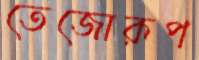
তেজোরূপ